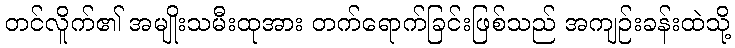
တင်လိူက်၏ အမျိုးသမီးထုအား တက်ရောက်ခြင်းဖြစ်သည် အကျဉ်းခန်းထဲသို့